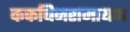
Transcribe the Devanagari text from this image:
ककबिनरामायण